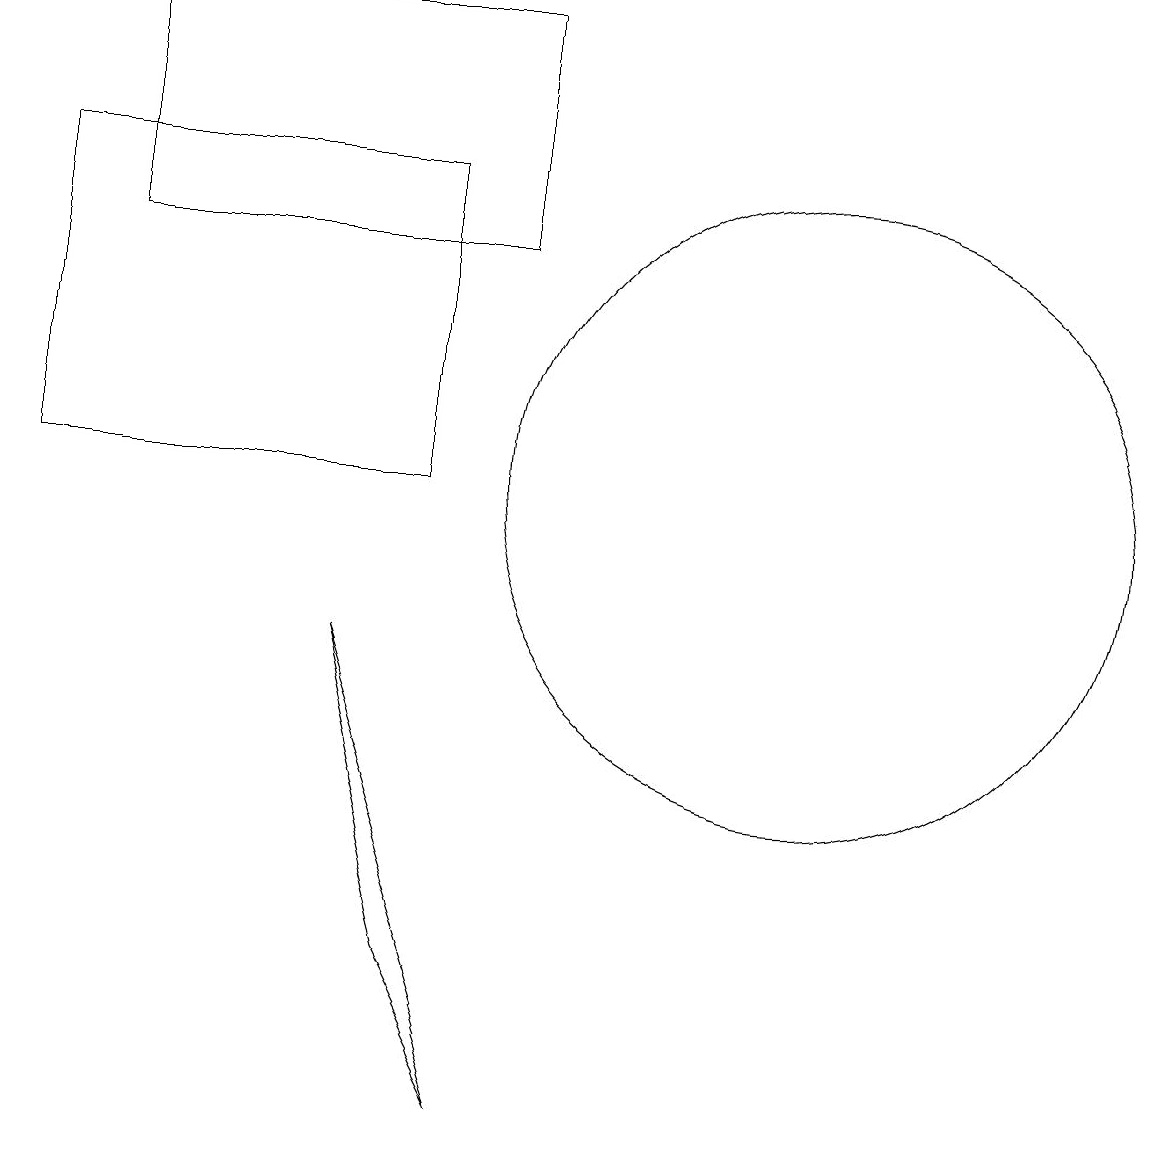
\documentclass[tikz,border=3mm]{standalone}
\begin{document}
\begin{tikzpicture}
\draw (1,14) rectangle (6,17);
\draw (8,15) rectangle (8,15);
\draw (5,5) -- (4,9) -- (6,3) -- cycle;
\draw (10,11) circle (4);
\draw (5,15) rectangle (0,11);
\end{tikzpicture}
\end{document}